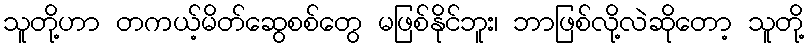
သူတို့ဟာ တကယ့်မိတ်ဆွေစစ်တွေ မဖြစ်နိုင်ဘူး၊ ဘာဖြစ်လို့လဲဆိုတော့ သူတို့